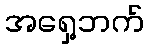
အရှေ့ဘက်